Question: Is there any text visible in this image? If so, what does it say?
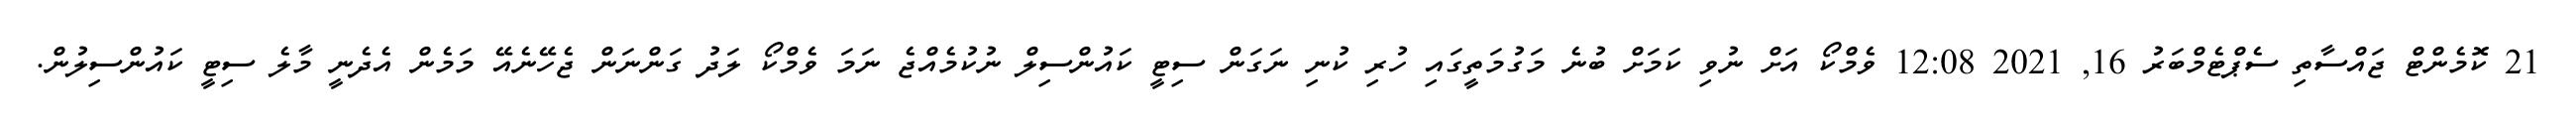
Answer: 21 ކޮމެންޓް ޖައްސާތި ސެޕްޓެމްބަރު 16, 2021 12:08 ވެމްކޯ އަށް ނުވި ކަމަށް ބުނެ މަގުމަތީގައި ހުރި ކުނި ނަގަން ސިޓީ ކައުންސިލް ނުކުމެއްޖެ ނަމަ ވެމްކޯ ލަދު ގަންނަން ޖެހޭނެއޭ މަމެން އެދެނީ މާލެ ސިޓީ ކައުންސިލުން.